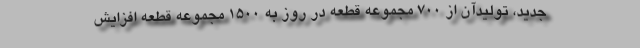
جدید، تولیدآن از 700 مجموعه قطعه در روز به 1500 مجموعه قطعه افزايش